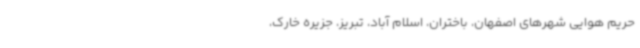
حریم هوایی شهرهای اصفهان، باختران، اسلام آباد، تبریز، جزیره خارک،